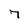
Character: 7